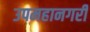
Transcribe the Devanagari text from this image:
उपमहानगरी